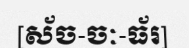
[ស័ច-ចៈ-ធ័រ]